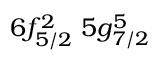
6 f _ { 5 / 2 } ^ { 2 } \, \, 5 g _ { 7 / 2 } ^ { 5 } \, \,